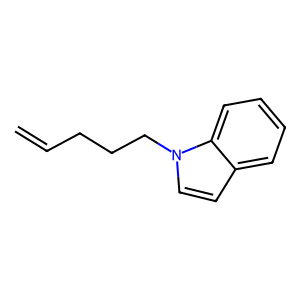
SMILES: C=CCCCn1ccc2ccccc21
Inhibits HIV replication: No